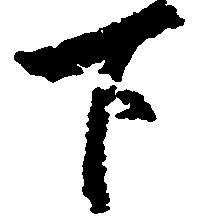
下